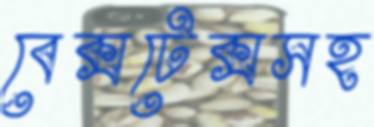
বেক্সটেক্সসহ